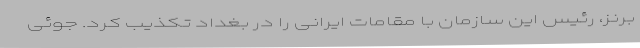
برنز، رئیس این سازمان با مقامات ایرانی را در بغداد تکذیب کرد. جوئی